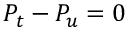
P _ { t } - P _ { u } = 0